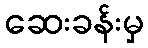
ဆေးခန်းမှ